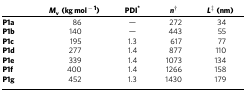
<table><thead><tr><td><b> </b></td><td><b><i>M</i><sub>v</sub> (kg mol<sup>−1</sup>)</b></td><td><b>PDI*</b></td><td><b><i>n</i>†</b></td><td><b><i>L</i>‡ (nm)</b></td></tr></thead><tbody><tr><td><b>P1a</b></td><td>86</td><td>—</td><td>272</td><td>34</td></tr><tr><td><b>P1b</b></td><td>140</td><td>—</td><td>443</td><td>55</td></tr><tr><td><b>P1c</b></td><td>195</td><td>1.3</td><td>617</td><td>77</td></tr><tr><td><b>P1d</b></td><td>277</td><td>1.4</td><td>877</td><td>110</td></tr><tr><td><b>P1e</b></td><td>339</td><td>1.4</td><td>1073</td><td>134</td></tr><tr><td><b>P1f</b></td><td>400</td><td>1.4</td><td>1266</td><td>158</td></tr><tr><td><b>P1g</b></td><td>452</td><td>1.3</td><td>1430</td><td>179</td></tr></tbody></table>